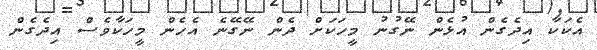
އެކަކާ އިދެގެން އުޅެން ނޭގުނު މީހަކަށް ދެން ނޭގޭނެ އެހެން މީހަކާވެސް އިދެގެން